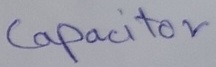
Text: Capacitor